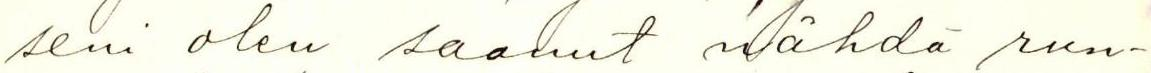
seni olen saanut nähdä run-